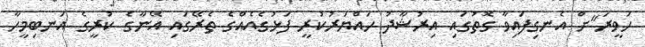
ހަވީރަ"ށް އެނގިފައިވާ ގޮތުގައި އިރުޝާދު ހައްޔަރުކުރީ ފަޅުގެއެއްގެ ތެރޭގައި އޭނާގެ ކުރީގެ އަނބިމީހާ